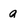
Character: a